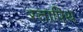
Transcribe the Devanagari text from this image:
स्तापिथ